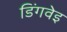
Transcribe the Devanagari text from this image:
डिंगवेइ